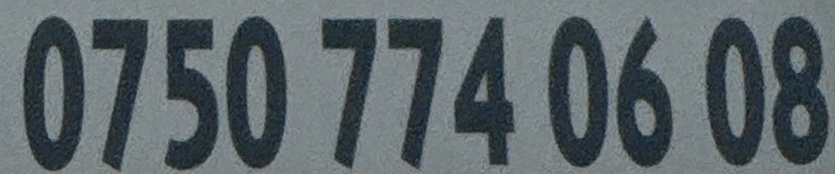
0750 774 06 08